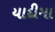
યાદીમા